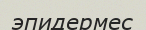
эпидермес